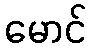
မောင်